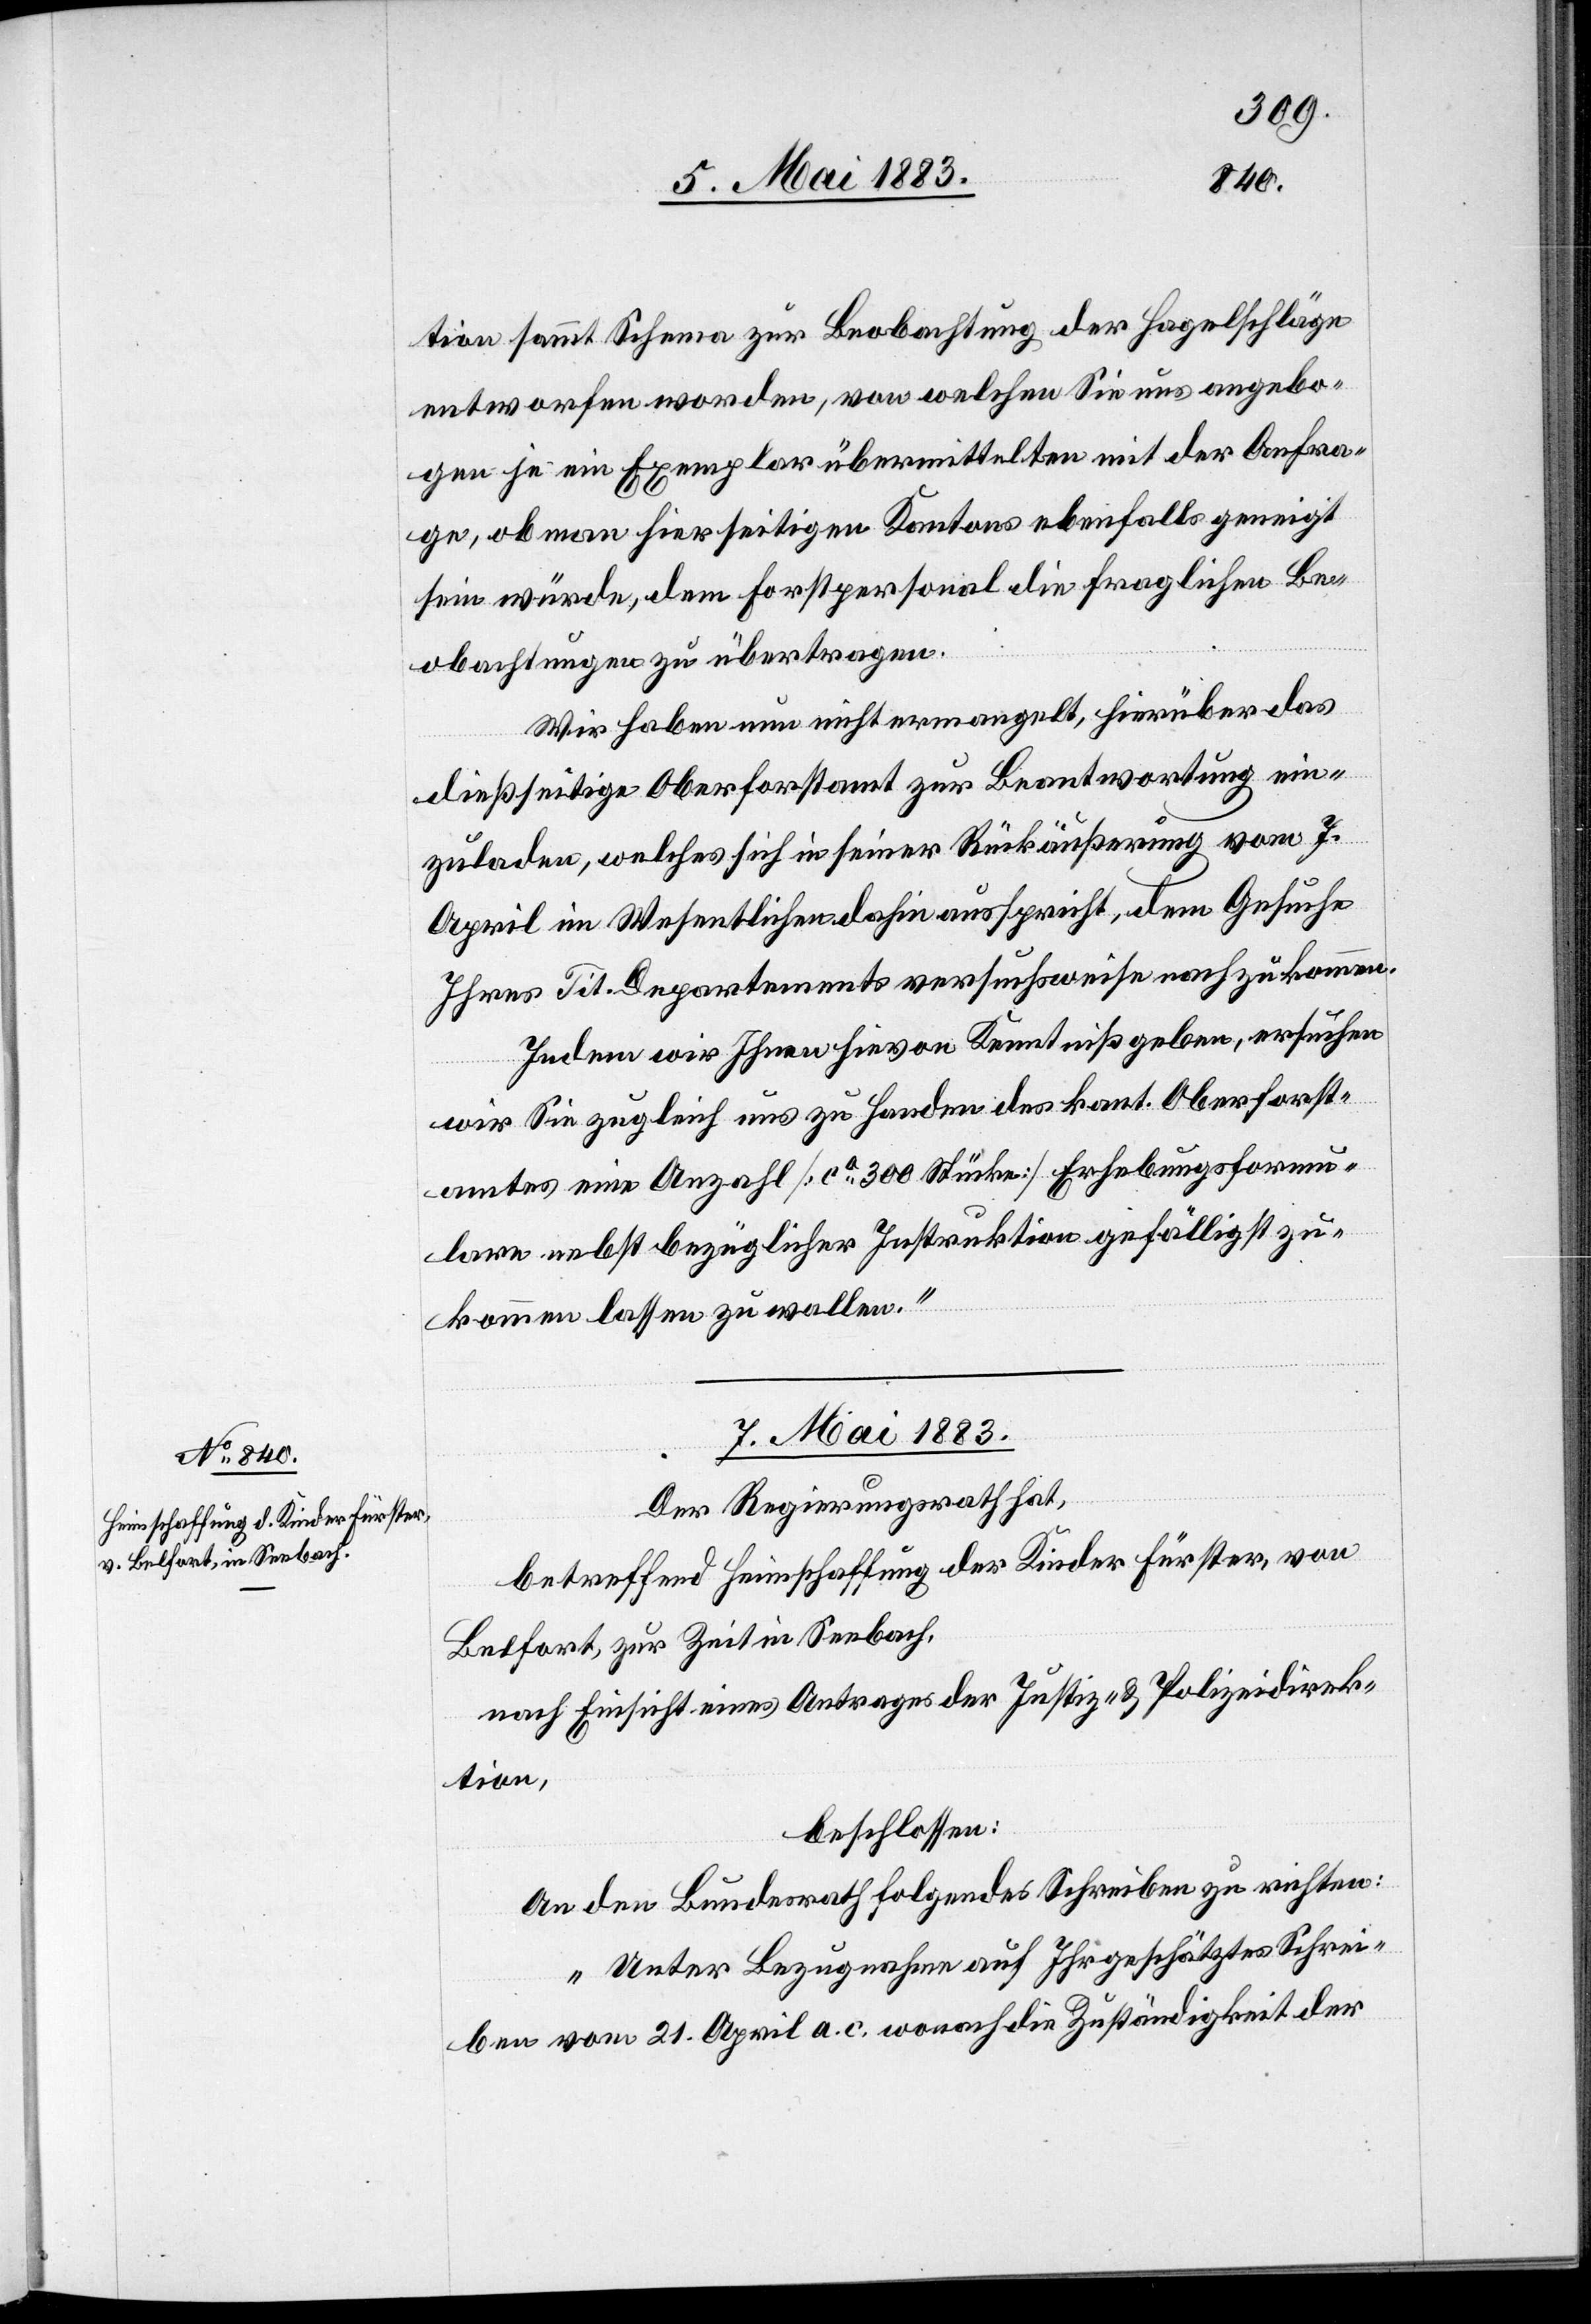
tion sammt Schema zur Beobachtung der Hagelschläge
entworfen worden, von welchen Sie uns angebo¬
je ein Exemplar übermittelten mit der Anfra¬
ge, ob man hierseitigen Kantons ebenfalls geneigt
sein würde, dem Forstpersonal die fragliche Be¬
gen
obachtungen zu übertragen.
Wir haben nun nicht ermangelt, hierüber das
dießseitige Oberforstamt zur Beantwortung ein¬
zuladen, welches sich in seiner Rückäußerung vom 7.
April im Wesentlichen dahin ausspricht, dem Gesuche
Ihres Tit. Departementes versuchsweise nachzukommen.
Indem wir Ihnen hievon Kenntnis geben, ersuchen
wir Sie zugleich uns zu Handen des kant. Oberforst¬
amtes eine Anzahl [ca 300 Stücke] Erhebungsformu¬
lare nebst bezüglicher Instruktion gefälligst zu¬
kommen lassen zu wollen.“
7. Mai 1883.
Der Regierungsrath hat,
betreffend Heimschaffung der Kinder Fürster, von
Belfort, zur Zeit in Seebach,
nach Einsicht eines Antrages der Justiz- & Polizeidirek¬
tion,
beschlossen:
An den Bundesrath folgendes Schreiben zu richten:
„Unter Bezugnahme auf Ihr geschätztes Schrei¬
ben vom 21. April a. c. wonach die Zuständigkeit der